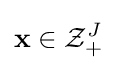
\mathbf {x} \in {\mathcal {Z}}_{+}^{J}